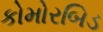
કોમોરબિડ